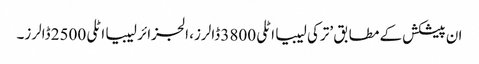
ان پیشکش کے مطابق ’ترکی لیبیا اٹلی 3800 ڈالرز، الجزائر لیبیا اٹلی 2500 ڈالرز۔